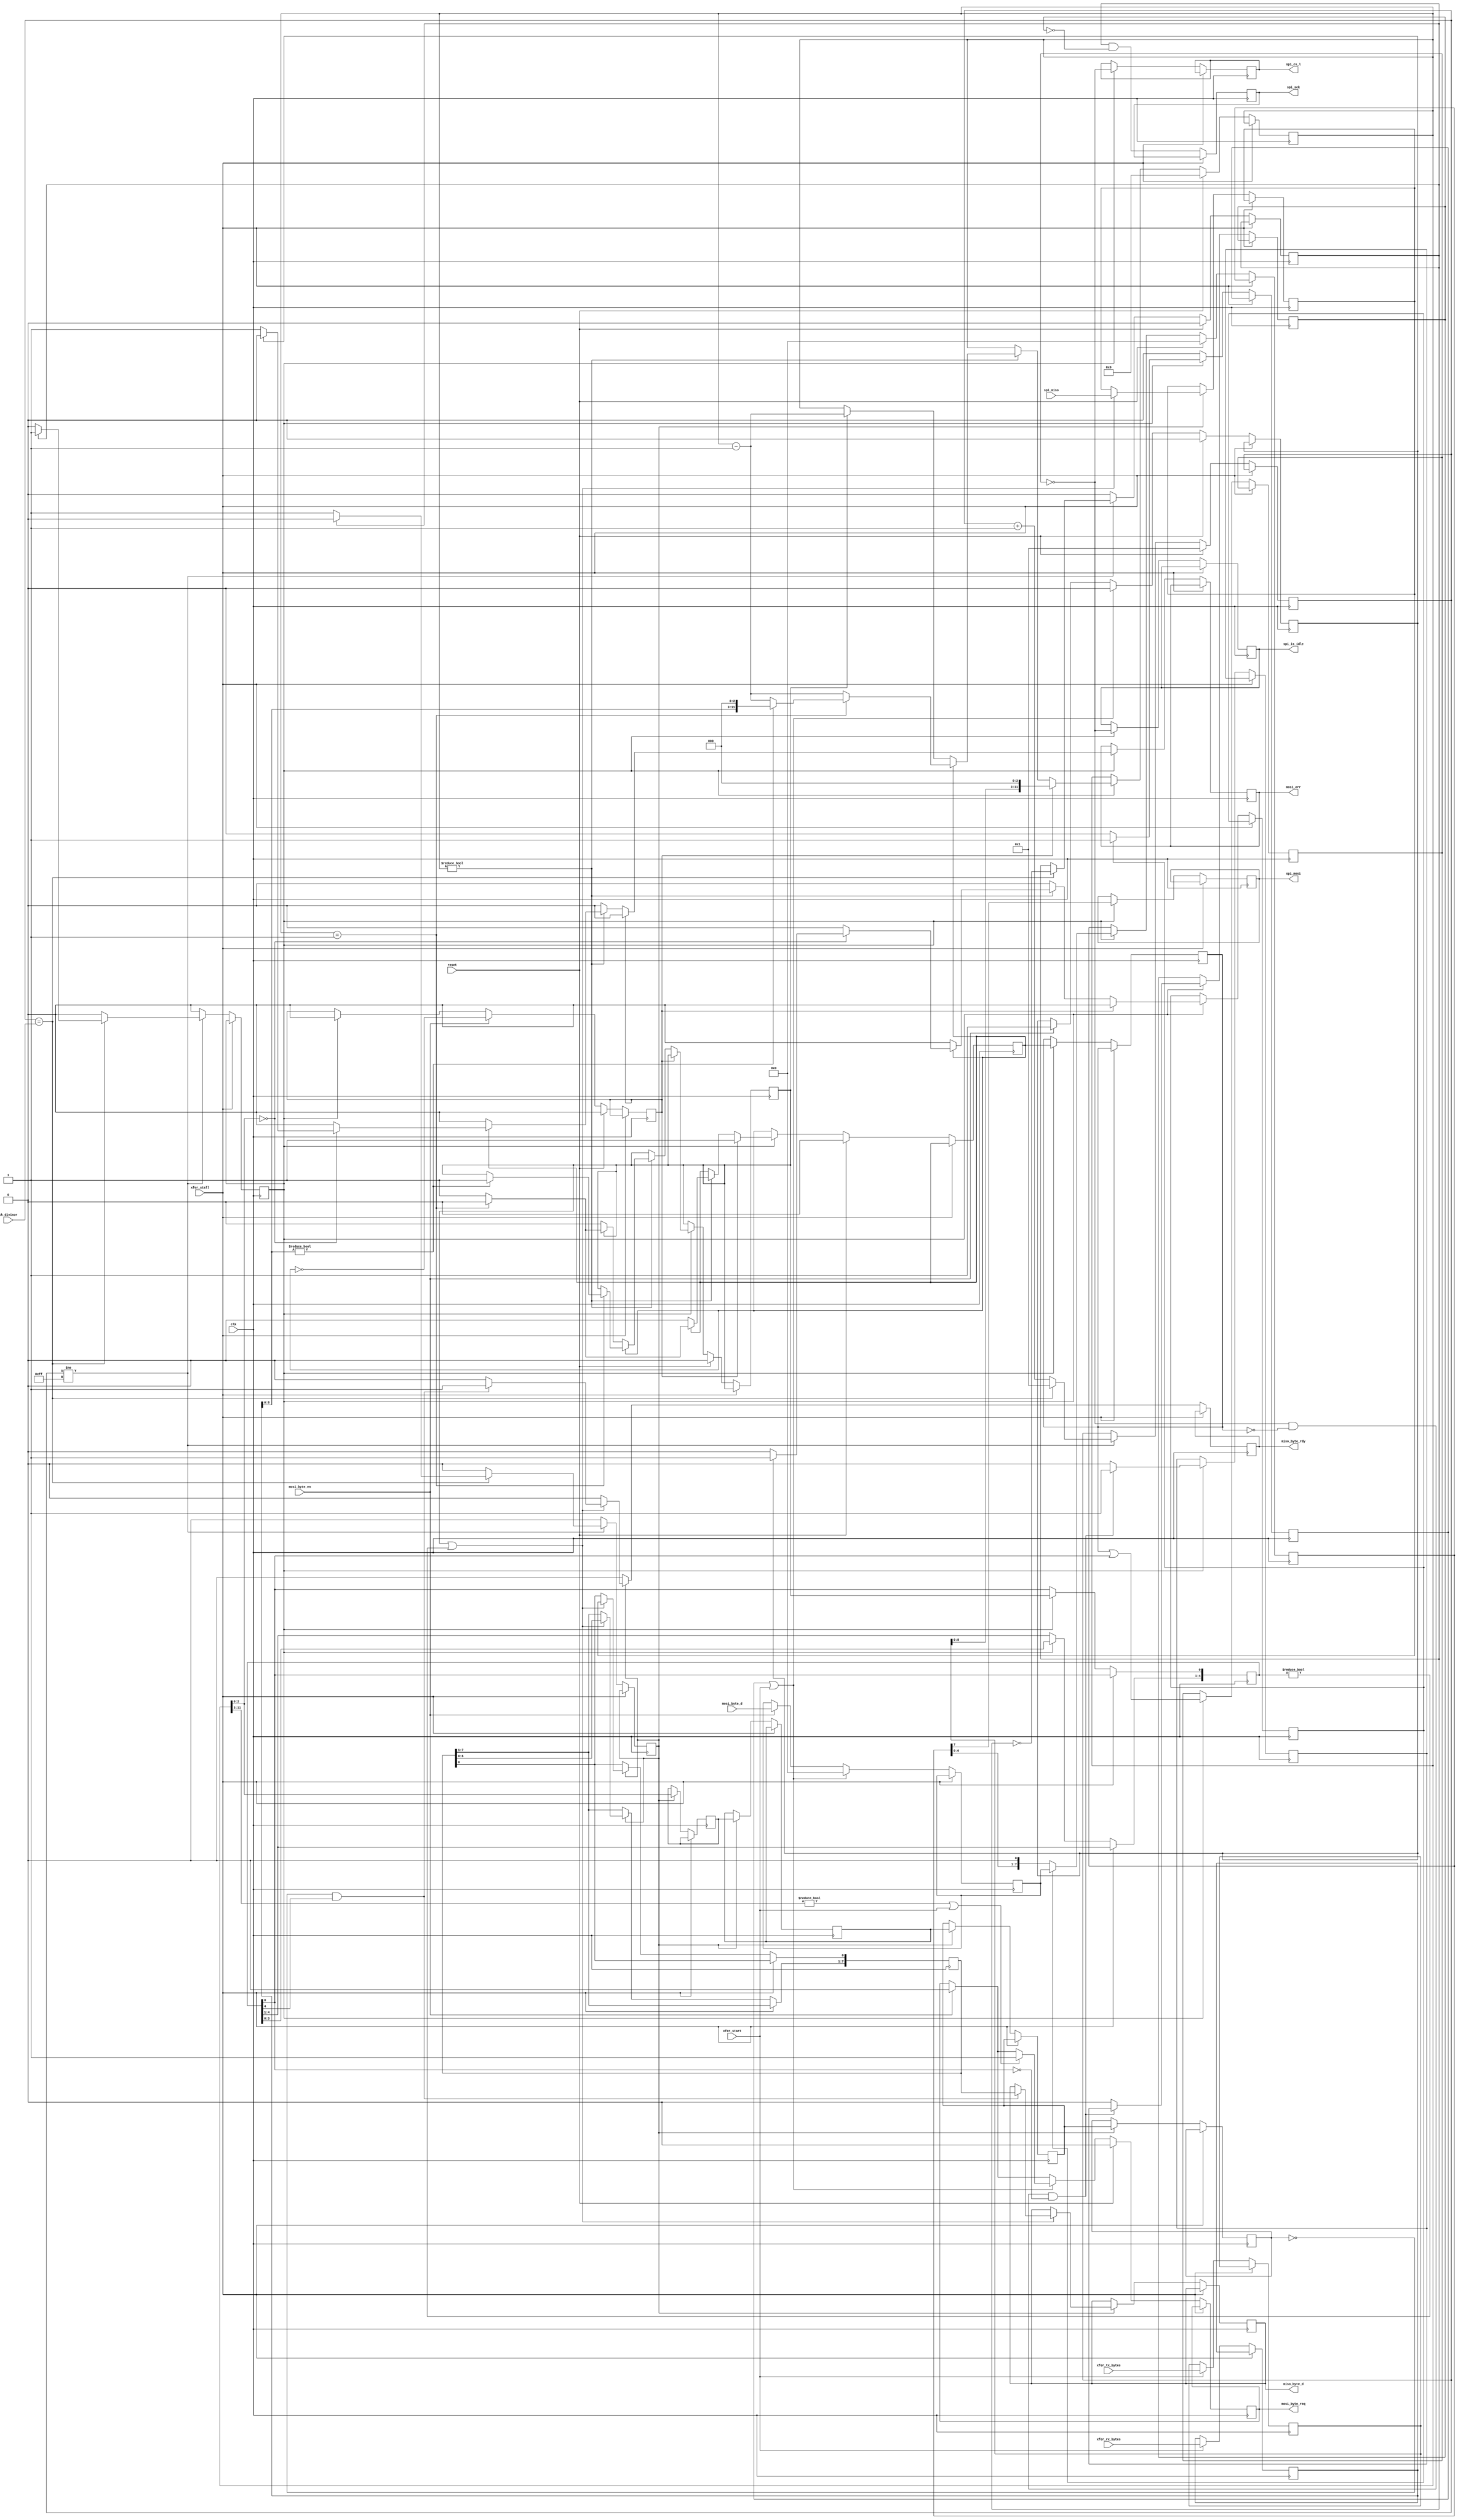
/* ****************************************************************************
-- Source file: spi_byte2bit.v
-- Date:        June 1,2014   
-- Author:      khubbard
-- Description: Simple interface to SPI that xfers Bytes to Bits.
--              Supports read stalling of MISO stream.
-- Language:    Verilog-2001
-- Simulation:  Mentor-Modelsim
-- Synthesis:   Xilinst-XST
--                                 spi_byte2bit     
--                                 ----------
--            clk        -------->|          |
--            xfer_start  ------->|          |
--            xfer_tx_bytes[7:0]->|          |
--            xfer_rx_bytes[7:0]->|          |
--            mosi_byte_d[7:0]--->|          |--> miso_byte_d[7:0]
--            mosi_byte_en ------>|          |--> miso_byte_rdy 
--            mosi_byte_req <-----|          |
--                                |          |
--                   spi_miso --->|          |--> spi_mosi
--                                |          |--> spi_sck 
--                                |          |--> spi_cs_l
--                                 ----------
--
-- spi_sck    _/\/\/\/\/\/\/\/\____/\/\/\/\/\/\/\/\/\/\/\/\/
-- spi_cs_l              \_________________________/
-- spi_mosi   -----------< B0 >----< B1 >------------------
-- spi_miso   --------------------------< B2 >< B3>------
--
-- xfer_start_/   \_______________________________________
-- xfer_stall___________________________________/   \_____
-- tx_bytes  -< 2 >---------------------------------------
-- rx_bytes  -< 2 >---------------------------------------
--
-- mosi_byte_en     __/  \__..._/  \_____
-- mosi_byte_d[7:0] --<B0>--...-<B1>-----
-- mosi_byte_req   ______/      \_______
--
-- miso_byte_rdy    ________________________/  \___/  \__
-- miso_byte_d[7:0] ------------------------<B2>---<B3>--
-- 
-- 
-- Note: Starving the MOSI stream is allowed. The block will gate the SPI clock
--       and wait until the MOSI byte arrives.
--
-- Note: Stalling the MISO stream is allowed. Asserting xfer_stall will gate
--       the entire block, allowing for the MISO stream to be stalled.
--
-- Revision History:
-- Ver#  When      Who      What
-- ----  --------  -------- --------------------------------------------------
-- 0.1   06.01.14  khubbard Creation
-- 0.1   06.25.14  khubbard Removed mosi_starved logic. Not worth complication
-- ***************************************************************************/
`default_nettype none // Strictly enforce all nets to be declared

module spi_byte2bit 
(
  input  wire         reset,
  input  wire         clk,
  input  wire [7:0]   ck_divisor,

  output reg          spi_sck,
  output wire         spi_cs_l,
  output reg          spi_mosi,
  input  wire         spi_miso,
  output reg          spi_is_idle,

  input  wire         xfer_start,
  input  wire         xfer_stall,
  input  wire [11:0]  xfer_tx_bytes,
  input  wire [11:0]  xfer_rx_bytes,

  input  wire [7:0]   mosi_byte_d,
  input  wire         mosi_byte_en,
  output wire         mosi_byte_req,
  output reg          mosi_err,

  output reg  [7:0]   miso_byte_d,
  output reg          miso_byte_rdy
);

  reg  [7:0]              ck_cnt;
  wire [7:0]              ck_div;
  reg                     ck_loc;
  reg                     ck_off_pre;
  reg                     ck_off;
  reg                     ck_en_fal;
  reg                     ck_en_ris;
  reg                     spi_cs_pre;
  reg                     spi_cs_l_loc;
  reg                     mosi_load;
  reg                     mosi_loaded;
  reg  [7:0]              mosi_sr;
  wire [7:0]              mosi_sr_loc;
  reg  [7:0]              mosi_byte_queue;
  reg                     mosi_queued_jk;
  reg                     mosi_refused;
  reg                     mosi_byte_req_loc;
  reg                     mosi_byte_en_p1;
  reg                     miso_loc;
  reg  [7:0]              miso_sr;
  reg  [11:0]             xfer_cnt;
  reg                     xfer_tx_jk;
  reg                     xfer_tx_jk_p1;
  reg                     xfer_rx_jk;
  reg  [4:0]              xfer_rx_jk_sr;
  reg                     xfer_start_jk;
  reg  [11:0]             xfer_length;
  reg  [11:0]             xfer_rx_length;
  wire [8:0]              xfer_byte;
  wire [2:0]              xfer_bit;
  reg  [2:0]              xfer_bit_p1;
  reg  [2:0]              xfer_bit_p2;
  reg  [2:0]              xfer_bit_p3;
  reg  [2:0]              xfer_bit_p4;

//assign ck_div     = 8'd10;
  assign ck_div     = ck_divisor[7:0];// Num of clocks in 1/2 spi clock period 


//-----------------------------------------------------------------------------
// Generate spi_ck. Counts 1/2 periods and toggles a bit.       
//   ck         _/ \_/ \_/ \_/ \_/ \_/ \_/
//   cnt          1   2   1   2   1   2
//   ck_loc     _/       \_______/       \_
//   ck_en_ris  _/   \___________/   \_____
//   ck_en_fal  _________/   \___________/   
//-----------------------------------------------------------------------------
always @ ( posedge clk ) begin : proc_spi_ck   
 begin
  if ( xfer_stall == 0 ) begin
    ck_en_fal     <= 0;
    ck_en_ris     <= 0;
    // Clock Divider
    if ( ck_cnt != 8'hFF ) begin
      ck_cnt <= ck_cnt + 1;
      if ( ck_cnt == ck_div ) begin
        ck_loc <= ~ ck_loc;
        ck_cnt <= 8'h1;
        if ( ck_loc == 1 ) begin
          ck_en_fal <= 1;
        end else begin
          ck_en_ris <= 1;
        end
      end
    end else begin
      ck_cnt <= ck_cnt[7:0];
      ck_loc <= 0;
    end
  
    if ( reset == 1 ) begin
      ck_cnt <= 8'd1;
      ck_loc <= 0;
    end
  end
 end
end // proc_spi_ck   


//-----------------------------------------------------------------------------
// Shift in the MISO data
//-----------------------------------------------------------------------------
always @ ( posedge clk ) begin : proc_miso_sr  
 begin
  if ( xfer_stall == 0 ) begin
// miso_byte_d   <= 8'd0;
   miso_byte_rdy <= 0;
// if ( ck_en_fal == 1 ) begin
   if ( ck_en_ris == 1 ) begin
     xfer_bit_p1 <= xfer_bit[2:0];
     xfer_bit_p2 <= xfer_bit_p1[2:0];
     xfer_bit_p3 <= xfer_bit_p2[2:0];
     xfer_bit_p4 <= xfer_bit_p3[2:0];
     if ( xfer_rx_jk == 1 || xfer_rx_jk_sr != 5'd0 ) begin
        miso_loc     <= spi_miso;
        miso_sr[0]   <= miso_loc;
        miso_sr[7:1] <= miso_sr[6:0];
        if ( xfer_bit_p4 == 3'd0 && xfer_rx_jk_sr[4] == 1 ) begin
          miso_byte_d   <= miso_sr[7:0];
          miso_byte_rdy <= 1;
        end
     end
   end 
  end 
 end
end // proc_miso_sr


//-----------------------------------------------------------------------------
// On rising edge of xfer_start_jk, load the number of bytes * 8bits into a 
// bit counter and start the counter. Count down to 0 then turn off xfer_tx_jk.
//   xfer_start      __/ \_________________________/ \___
//   tx_bytes     --<2>-------------------------<2>---
//   rx_bytes     --<4>-------------------------<4>---
//   mosi         -------<0><1>-----------------------
//   miso         -------------<0><1><2><3>-----------
//   xfer_tx_jk   _______/     \______________________
//   xfer_rx_jk   _____________/           \__________
//-----------------------------------------------------------------------------
always @ ( posedge clk ) begin : proc_xfer_req 
 begin
  if ( xfer_stall == 0 ) begin
   if ( xfer_start == 1 ) begin
     xfer_length <= xfer_tx_bytes[11:0];
     xfer_rx_length <= xfer_rx_bytes[11:0];
   end

   if ( ck_en_fal == 1 ) begin
     mosi_err           <= 0;
     mosi_load          <= 0; 
     xfer_tx_jk_p1      <= xfer_tx_jk;
     xfer_rx_jk_sr[0]   <= xfer_rx_jk;
     xfer_rx_jk_sr[4:1] <= xfer_rx_jk_sr[3:0];
     if ( xfer_start_jk != 0 ) begin
       xfer_cnt <= { xfer_length[8:0] , 3'b000 };
       xfer_tx_jk  <= 1;
     end else if ( xfer_cnt != 12'd0 ) begin
       if ( xfer_tx_jk == 1 ) begin
         if ( xfer_bit == 2'd0 ) begin
           if ( mosi_queued_jk == 1 ) begin
             mosi_load       <= 1; // Time for a new Byte
           end else begin
             mosi_err <= 1; // Nothing to send.
           end
         end
         xfer_cnt <= xfer_cnt - 1;
         if ( xfer_cnt == 12'd1 ) begin
           xfer_tx_jk <= 0;
           if ( xfer_rx_length[8:0] != 9'd0 ) begin
             xfer_rx_jk <= 1;
             xfer_cnt   <= { xfer_rx_length[8:0] , 3'b000 };
           end
         end
       end else if ( xfer_rx_jk == 1 ) begin
         xfer_cnt <= xfer_cnt - 1;
         if ( xfer_cnt == 12'd1 ) begin
           xfer_rx_jk <= 0;
         end
       end
     end
   end

   if ( reset == 1 ) begin
     xfer_cnt        <= 12'd0;
     xfer_tx_jk      <= 0;
     xfer_rx_jk      <= 0;
   end 
  end 
 end
end // proc_xfer_req
  assign xfer_byte[8:0] = xfer_cnt[11:3];
  assign xfer_bit[2:0]  = xfer_cnt[2:0];


//-----------------------------------------------------------------------------
// Latch the MOSI byte data and start shifting out
//-----------------------------------------------------------------------------
always @ ( posedge clk ) begin : proc_mosi_sr 
 begin
  if ( xfer_stall == 0 ) begin
   mosi_refused    <= 0;
   mosi_byte_en_p1 <= mosi_byte_en;
   if ( ck_en_fal == 1 ) begin
     xfer_start_jk <= 0;
   end 

   // When new mosi byte comes in, place in queue and drop request
   if ( mosi_byte_en == 1 ) begin
     xfer_start_jk     <= ~ xfer_tx_jk;      // A new Xfer
     mosi_byte_queue   <= mosi_byte_d[7:0];
     mosi_queued_jk    <= 1;
     mosi_byte_req_loc <= 0; 
     // Assert refused if not expecting a byte.
     if ( xfer_tx_jk == 1 ) begin
       mosi_refused  <= ~ mosi_byte_req_loc; 
     end
   end // if ( mosi_byte_en == 1 ) begin

   if ( mosi_loaded == 1 || xfer_start == 1 ) begin
     mosi_byte_queue   <= 8'd0;
     mosi_queued_jk    <= 0;
     if ( xfer_byte != 9'd0 || xfer_start == 1 ) begin
       mosi_byte_req_loc <= 1;
     end
   end 

   if ( reset == 1 ) begin
     mosi_queued_jk    <= 0;
     mosi_byte_req_loc <= 0;
     xfer_start_jk     <= 0;
   end // if ( reset == 1 ) begin
  end
 end
end // proc_mosi_sr 

  assign mosi_sr_loc[7:0] = mosi_sr[7:0];
  assign mosi_byte_req = mosi_byte_req_loc;


//-----------------------------------------------------------------------------
// Either Latch a new MOSI byte or shift existing byte 
//-----------------------------------------------------------------------------
always @ ( posedge clk ) begin : proc_mosi_shift
 begin
  if ( xfer_stall == 0 ) begin
   mosi_loaded <= 0;
   if ( ck_en_fal == 1 ) begin
     if ( mosi_load == 1 ) begin
       mosi_sr     <= mosi_byte_queue[7:0];  
       mosi_loaded <= 1;
     end else begin
       mosi_sr <= { mosi_sr[6:0], 1'd0 }; // Shift the Byte Out
     end
   end // if ( ck_en_fal == 1 ) begin
   if ( reset == 1 ) begin
     mosi_sr <= 8'd0;
   end 
  end 
 end
end // proc mosi_shift


//-----------------------------------------------------------------------------
// SPI Master Output : The serial bits.
//-----------------------------------------------------------------------------
always @ ( posedge clk ) begin : proc_mosi_out
 begin
  if ( xfer_stall == 0 ) begin
   spi_sck     <= ck_loc & ~ ck_off;
                             
    if ( ck_en_fal == 1 ) begin
      ck_off       <= ck_off_pre;
      spi_cs_pre   <= xfer_tx_jk_p1 | xfer_rx_jk_sr[0];
      spi_cs_l_loc <= ~ spi_cs_pre;
      spi_is_idle  <= ~ spi_cs_pre;
      spi_mosi     <= mosi_sr_loc[7];
      if ( spi_cs_pre == 0 && 
           xfer_tx_jk_p1 == 0 && 
           xfer_rx_jk_sr[0] == 0 ) begin 
        ck_off_pre <= 1;
      end else begin
        ck_off_pre <= 0;
        ck_off     <= 0;
      end
    end
  end // if ( xfer_stall == 0 ) begin
 end
end // proc_mosi_out
  assign spi_cs_l = spi_cs_l_loc;


endmodule // spi_byte2bit